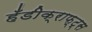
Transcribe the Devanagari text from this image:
हँडीक्राफ्ट्स